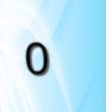
0